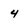
Character: 4